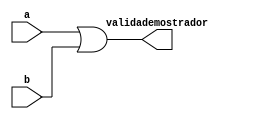
module pelo_menos_um_perfil_valido(
	input a,b,
	output wire validademostrador
);
or or0(validademostrador,a,b);
endmodule 
//verifica se pelo menos um dos perfis  vlido para saber se o mostrador fica em automtico ou no